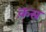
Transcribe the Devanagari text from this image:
क़स्र